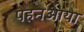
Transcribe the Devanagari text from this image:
पहनआया